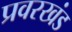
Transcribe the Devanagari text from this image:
प्रवरखंड